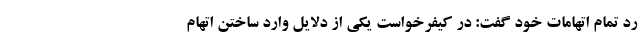
رد تمام اتهامات خود گفت: در کیفرخواست یکی از دلایل وارد ساختن اتهام